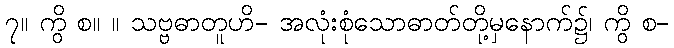
၇။ ကွိ စ။ ။ သဗ္ဗဓာတူဟိ- အလုံးစုံသောဓာတ်တို့မှနောက်၌၊ ကွိ စ-